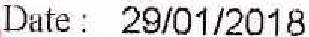
DATE : 29/01/2018